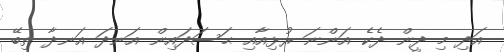
އަދި މި ދީން ދެކެ އަންނަ ރުޅިއާއި ޙަސަދައިން އަނދަ އަނދާ ތިބޭ